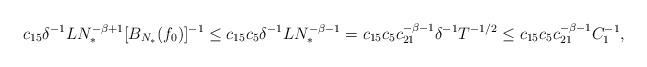
LaTeX: \begin{align*} c_{15} \delta^{-1} L N_*^{-\beta+1} [B_{N_*}(f_0)]^{-1} \leq c_{15} c_5 \delta^{-1} LN_*^{-\beta-1} =c_{15}c_5 c_{21}^{-\beta-1} \delta^{-1} T^{-1/2}\leq c_{15}c_5 c_{21}^{-\beta-1} C_1^{-1},\end{align*}